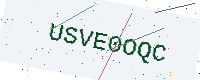
Text: USVE0OQC